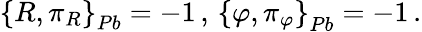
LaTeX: \left\{ R,\pi_{R}\right\} _{Pb}=-1\, ,\, \left\{ \varphi,\pi_{\varphi}\right\} _{Pb}=-1\, .